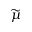
\widetilde { \mu }